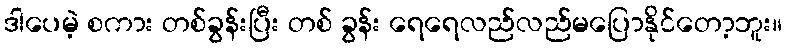
ဒါပေမဲ့ စကား တစ်ခွန်းပြီး တစ် ခွန်း ရေရေလည်လည်မပြောနိုင်တော့ဘူး။